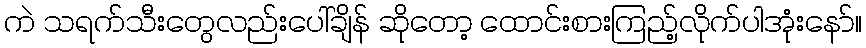
ကဲ သရက်သီးတွေလည်းပေါ်ချိန် ဆိုတော့ ထောင်းစားကြည့်လိုက်ပါအုံးနော်။